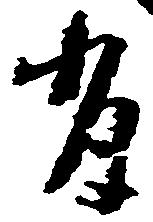
有